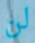
لن